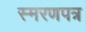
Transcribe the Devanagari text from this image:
स्मरणपत्र